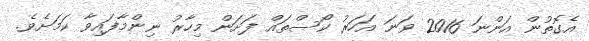
އެގޮތުން އަންނަ 2016 ވަނަ އަހަރު ކޯސްތައް ފަށަން މިހާރު ނިންމާފައިވާ ކަމަށެވެ.